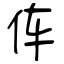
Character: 伡